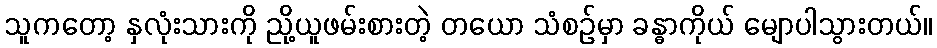
သူကတော့ နှလုံးသားကို ညို့ယူဖမ်းစားတဲ့ တယော သံစဉ်မှာ ခန္ဓာကိုယ် မျောပါသွားတယ်။